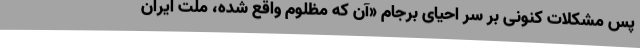
پس مشکلات کنونی بر سر احیای برجام «آن که مظلوم واقع شده، ملت ایران